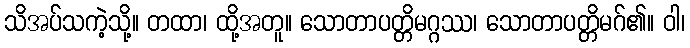
သိအပ်သကဲ့သို့။ တထာ၊ ထို့အတူ။ သောတာပတ္တိမဂ္ဂဿ၊ သောတာပတ္တိမဂ်၏။ ဝါ၊